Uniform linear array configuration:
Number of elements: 24
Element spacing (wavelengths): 1
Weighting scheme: binomial
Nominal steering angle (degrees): -15
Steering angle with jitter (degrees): -13.717
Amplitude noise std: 0.05
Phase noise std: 0.05

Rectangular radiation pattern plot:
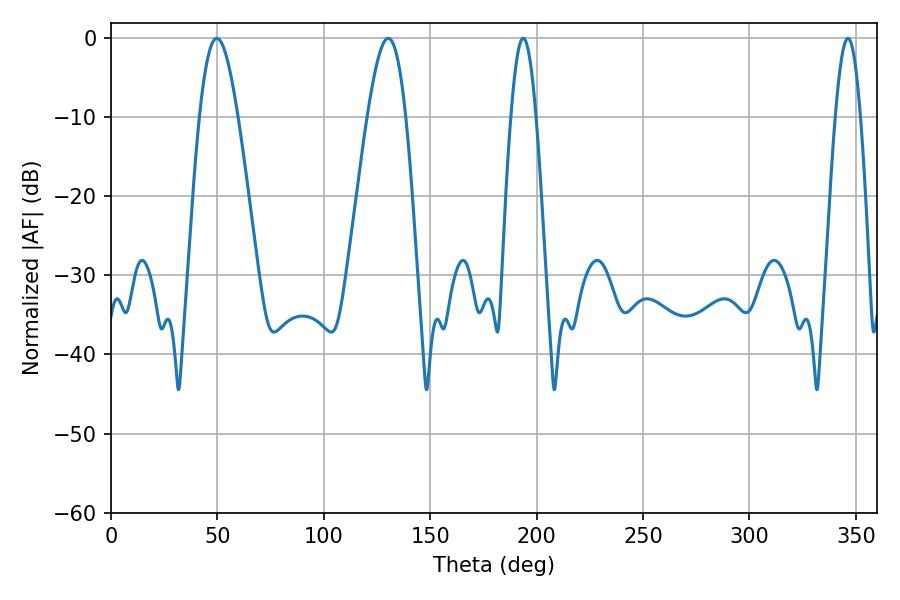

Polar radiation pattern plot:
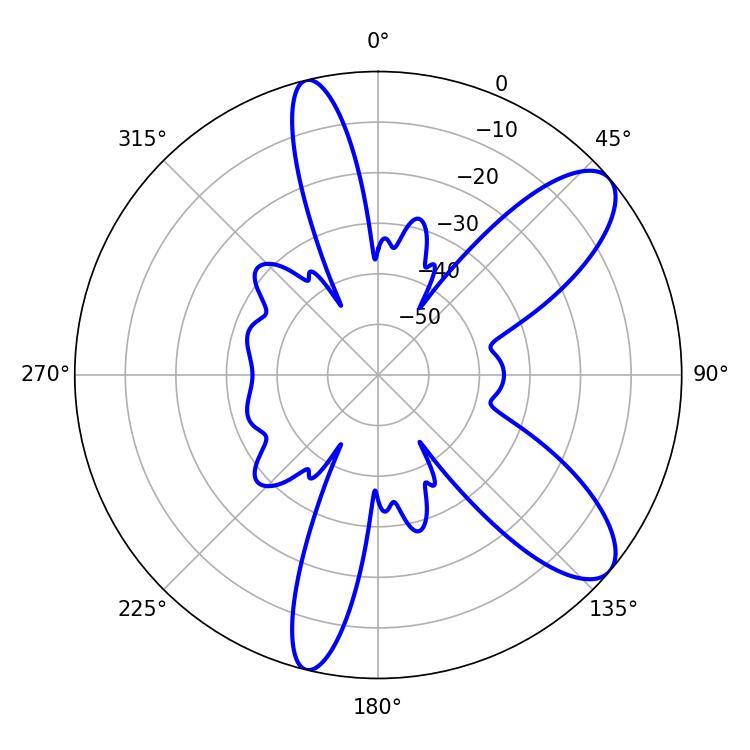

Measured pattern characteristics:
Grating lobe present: TRUE
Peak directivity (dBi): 9.484
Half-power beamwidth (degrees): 9.72
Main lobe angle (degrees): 49.68